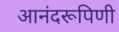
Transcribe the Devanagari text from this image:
आनंदरूपिणी